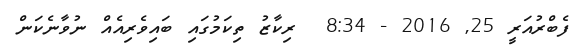
ފެބްރުއަރީ 25